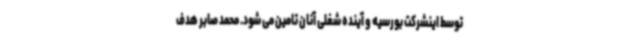
توسط اینشرکت بورسیه و آینده شغلی آنان تامین می شود. محمد صابر هدف